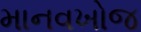
માનવખોજ